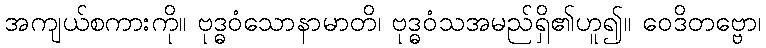
အကျယ်စကားကို။ ဗုဒ္ဓဝံသောနာမာတိ၊ ဗုဒ္ဓဝံသအမည်ရှိ၏ဟူ၍။ ဝေဒိတဗ္ဗော၊